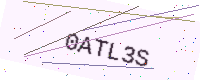
Text: 0ATL3S